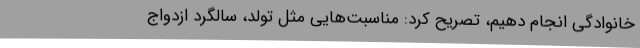
خانوادگی انجام دهیم، تصریح کرد: مناسبت‌هایی مثل تولد، سالگرد ازدواج